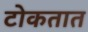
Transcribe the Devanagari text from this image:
टोकतात